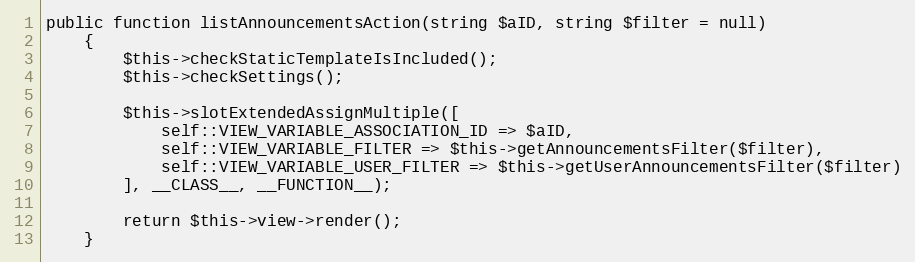
Language: PHP
public function listAnnouncementsAction(string $aID, string $filter = null)
    {
        $this->checkStaticTemplateIsIncluded();
        $this->checkSettings();

        $this->slotExtendedAssignMultiple([
            self::VIEW_VARIABLE_ASSOCIATION_ID => $aID,
            self::VIEW_VARIABLE_FILTER => $this->getAnnouncementsFilter($filter),
            self::VIEW_VARIABLE_USER_FILTER => $this->getUserAnnouncementsFilter($filter)
        ], __CLASS__, __FUNCTION__);

        return $this->view->render();
    }